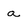
Character: a